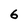
Character: 6